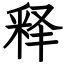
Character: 释